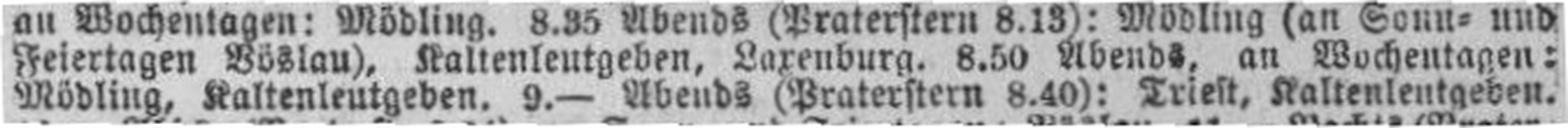
Mödling, Kaltenleutgeben. 9.— Abends (Praterstern 8.40): Triest, Kaltenleutgeben.